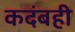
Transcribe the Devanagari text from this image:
कदंबही